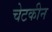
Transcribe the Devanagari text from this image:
चेटकीन